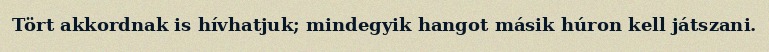
Tört akkordnak is hívhatjuk; mindegyik hangot másik húron kell játszani.